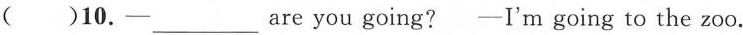
()10.__ are you going? -I'm going to the zoo.